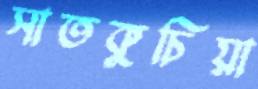
সাতকুচিয়া